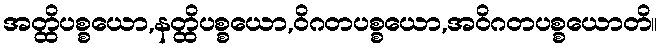
အတ္ထိပစ္စယော,နတ္ထိပစ္စယော,ဝိဂတပစ္စယော,အဝိဂတပစ္စယောတိ။